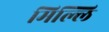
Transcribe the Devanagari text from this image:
मिल्लि